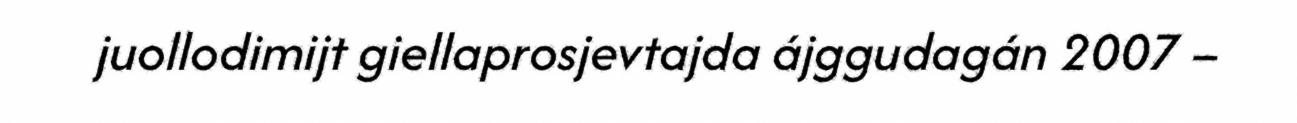
juollodimijt giellaprosjevtajda ájggudagán 2007 –